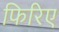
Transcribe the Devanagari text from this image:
फिरिए